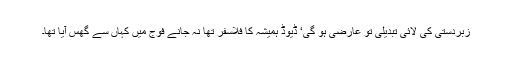
زبردستی کی لائی تبدیلی تو عارضی ہو گی‘ ڈیوڈ ہمیشہ کا فلاسفر تھا نہ جانے فوج میں کہاں سے گھس آیا تھا۔